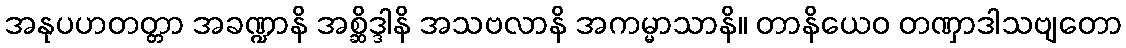
အနုပဟတတ္တာ အခဏ္ဍာနိ အစ္ဆိဒ္ဒါနိ အသဗလာနိ အကမ္မာသာနိ။ တာနိယေဝ တဏှာဒါသဗျတော